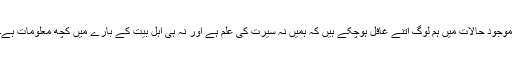
موجود حالات میں ہم لوگ اتنے غافل ہوچکے ہیں کہ ہمیں نہ سیرت کی علم ہے اور نہ ہی اہل بیت کے بارے میں کچھ معلومات ہے۔